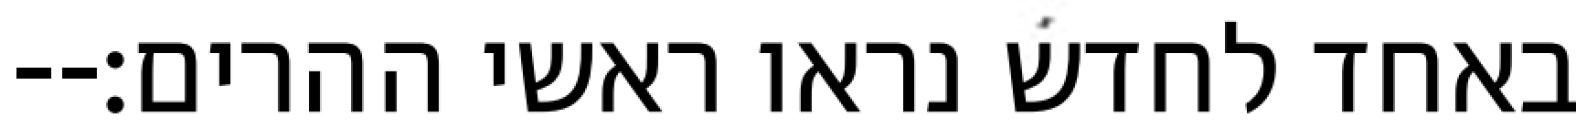
באחד לחדש נראו ראשי ההרים׃--